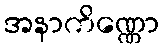
အနာကိဏ္ဏော